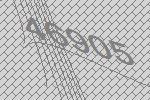
46905